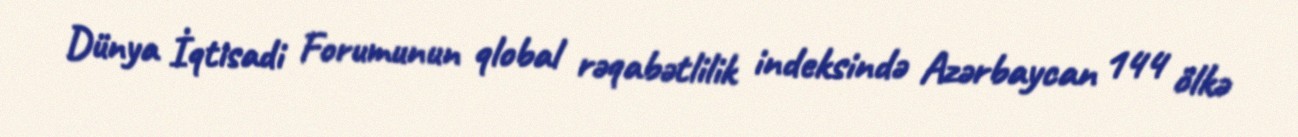
Dünya İqtisadi Forumunun qlobal rəqabətlilik indeksində Azərbaycan 144 ölkə